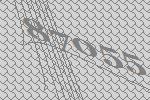
87055